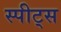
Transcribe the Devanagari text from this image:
स्पीट्स